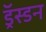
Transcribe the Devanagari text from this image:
ड्रॅस्डन